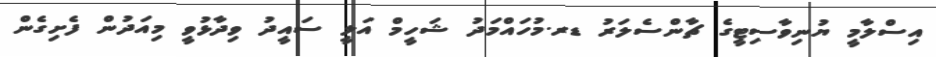
އިސްލާމީ ޔުނިވާސިޓީގެ ޗާންސެލަރު ޑރ.މުހައްމަދު ޝަހީމް އަލީ ސައީދު ވިދާޅުވީ މިއަދުން ފެށިގެން